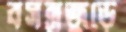
বসন্তজুড়ে